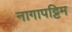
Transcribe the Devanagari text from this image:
नागापट्टिम